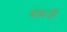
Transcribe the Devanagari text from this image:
भेरूजी